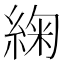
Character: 𮈜